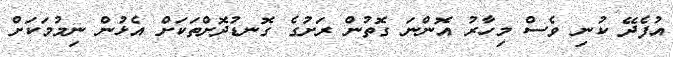
އުފެދޭ ކުނި ވެސް މިހާރު އޮންނަ ގޮތުން ރަށުގެ ގޮނޑުދޮށްތަކަށް އެޅުން ނިމުމަކަށް